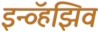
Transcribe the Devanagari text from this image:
इन्व्हॅझिव